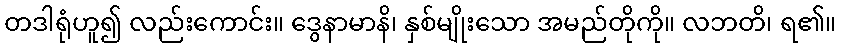
တဒါရုံဟူ၍ လည်းကောင်း။ ဒွေနာမာနိ၊ နှစ်မျိုးသော အမည်တိုကို။ လဘတိ၊ ရ၏။